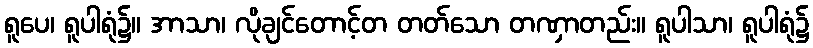
ရူပေ၊ ရူပါရုံ၌။ အာသာ၊ လိုချင်တောင့်တ တတ်သော တဏှာတည်း။ ရူပါသာ၊ ရူပါရုံ၌